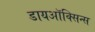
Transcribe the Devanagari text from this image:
डायऑक्सिन्स